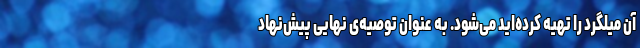
آن میلگرد را تهیه کرده‌اید می‌شود. به عنوانِ توصیه‌یِ نهایی پیش‌نهاد